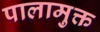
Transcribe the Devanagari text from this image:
पालामुक्त